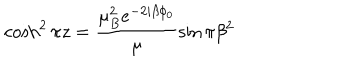
LaTeX: \cosh ^ { 2 } \pi z = \frac { \mu _ { B } ^ { 2 } e ^ { - 2 i \beta \phi _ { 0 } } } { \mu } \sin \pi \beta ^ { 2 }